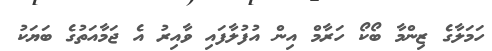
ހަމަލާގެ ޒިންމާ ބޯކޯ ހަރާމް އިން އުފުލާފައި ވާއިރު އެ ޖަމާއަތުގެ ބަޔަކު